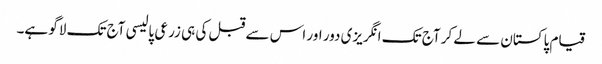
قیام پاکستان سے لے کر آج تک انگریزی دور اور اس سے قبل کی ہی زرعی پالیسی آج تک لاگو ہے۔